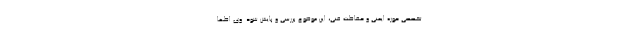
تخصصی حوزه ایمنی و حفاظت فنی، این موضوع بررسی و پایش شود. وی اظها